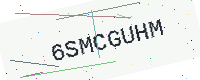
Text: 6SMCGUHM